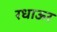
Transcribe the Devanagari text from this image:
रधाऊर